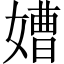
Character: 㜖